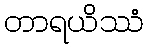
တာရယိဿံ